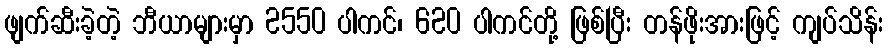
ဖျက်ဆီးခဲ့တဲ့ ဘီယာများမှာ 2550 ပါကင်၊ 620 ပါကင်တို့ ဖြစ်ပြီး တန်ဖိုးအားဖြင့် ကျပ်သိန်း